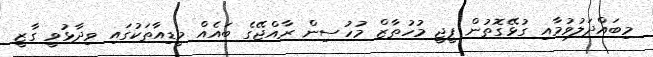
މިބައްދަލުވުމާއި ގުޅޭގޮތުން ޕީޖީ މުހުތާޒް މުހުސިން ރާއްޖޭގެ ބައެއް މީޑިއާތަކުގައި ވިދާޅުވީ ގާޒީ